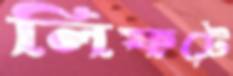
লিফটে